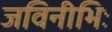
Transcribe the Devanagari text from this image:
जविनीभिः